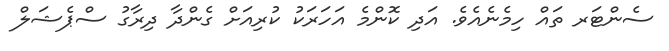
ސެންޓަރ ތައް ހިމެނެއެވެ. އަދި ކޮންމެ އަހަރަކު ކުރިއަށް ގެންދާ ދިރާގު ސްޕެޝަލް